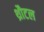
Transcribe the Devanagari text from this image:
थ्रौटल